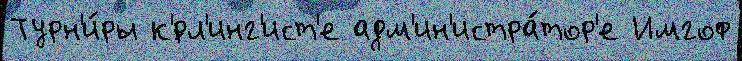
Турн'и́ры к'́рл'инг'ист'е адм'ин'истра́тор'е Имгоф